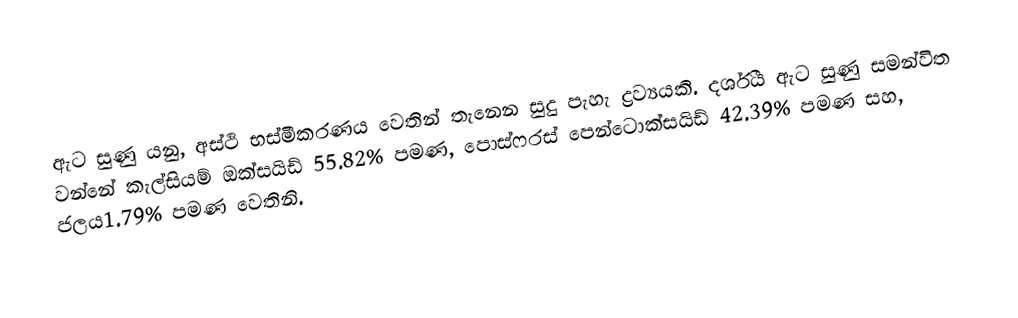
ඇට සුණු යනු, අස්ථි භස්මීකරණය වෙතින් තැනෙන සුදු පැහැ ද්‍රව්‍යයකි. දර්ශීය ඇට සුණු සමන්විත වන්නේ කැල්සියම් ඔක්සයිඩ් 55.82% පමණ, පොස්ෆරස් පෙන්ටොක්සයිඩ් 42.39% පමණ සහ, ජලය1.79% පමණ වෙතිනි.